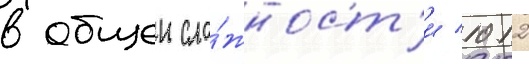
в общеи сло́жност'и 1012